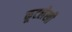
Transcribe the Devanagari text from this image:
कूटलेखी